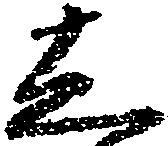
し